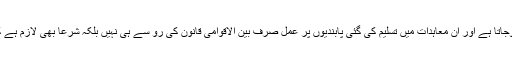
اس پہلو سے عصرحاضر میں کیے گئے بین الاقوامی معاہدات کو بھی دیکھنا ضروری ہوجاتا ہے اور ان معاہدات میں تسلیم کی گئی پابندیوں پر عمل صرف بین الاقوامی قانون کی رو سے ہی نہیں بلکہ شرعاً بھی لازم ہے کیونکہ شریعت نے مسلمانوں پر لازم کیا ہے کہ وہ عہد اور وعدے کی پابندی کریں گے۔